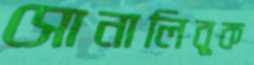
সোনালিবুক